Document type: Sale
Year: 1305
Scribe: Bernat de Vilarúbia
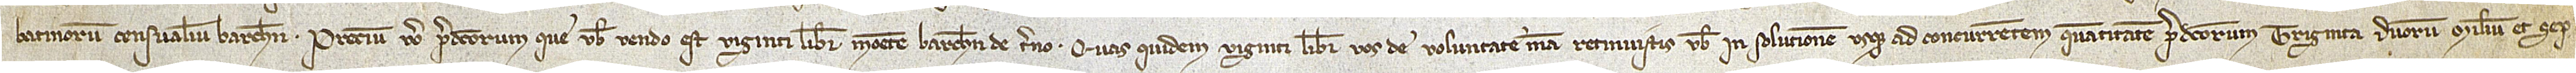
batinorum censualium Barchinone. Precium vero predictorum que vobis vendo est viginti libras monete Barchinone de terno. Quas quidem viginti libras vos de voluntate mea retinuistis vobis in solutionem usque ad concurrentem quantitatem predictorum triginta duorum milium et sep-